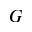
G